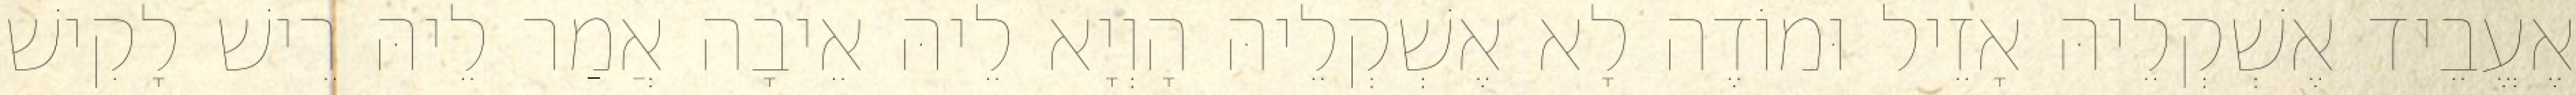
אֶעֱבֵיד אֶשְׁקְלֵיהּ אָזֵיל וּמוֹדֶה לָא אֶשְׁקְלֵיהּ הָוְיָא לֵיהּ אֵיבָה אֲמַר לֵיהּ רֵישׁ לָקִישׁ